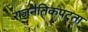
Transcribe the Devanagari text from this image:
राजनैतिकपटुता